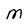
Character: M